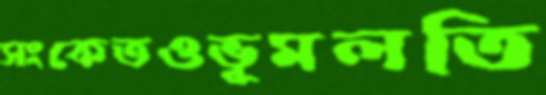
সংকেতওভূমলতি